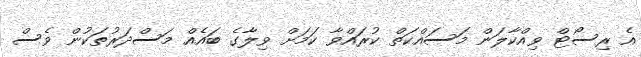
އެ ރިސޯޓް ވިއްކާލަން މަސައްކަތް ކުރައްވާ ކަމަށް ވިލާގެ ބައެއް މަސްދަރުތަކުން ވެސް